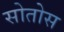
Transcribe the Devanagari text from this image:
सोतोस